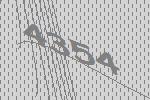
4354